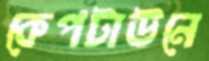
কেপটাউনে